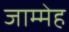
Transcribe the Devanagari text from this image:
जाम्मेह